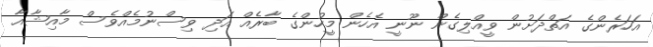
އަހަރެންގެ އަތްދަށުން ވީއްލިގެން ނޫނީ އެހެން މީހުންގެ ބާރެއް އަދި ވިސްނުމެއްވެސް މާއިޝާއާ